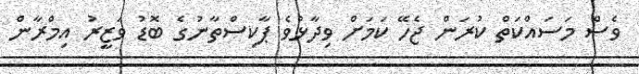
ވެސް މަސައްކަތް ކުރަން ޖެހޭ ކަމަށް ވިދާޅުވެ ޕާކިސްތާނުގެ ބޮޑު ވަޒީރު އިމްރާން